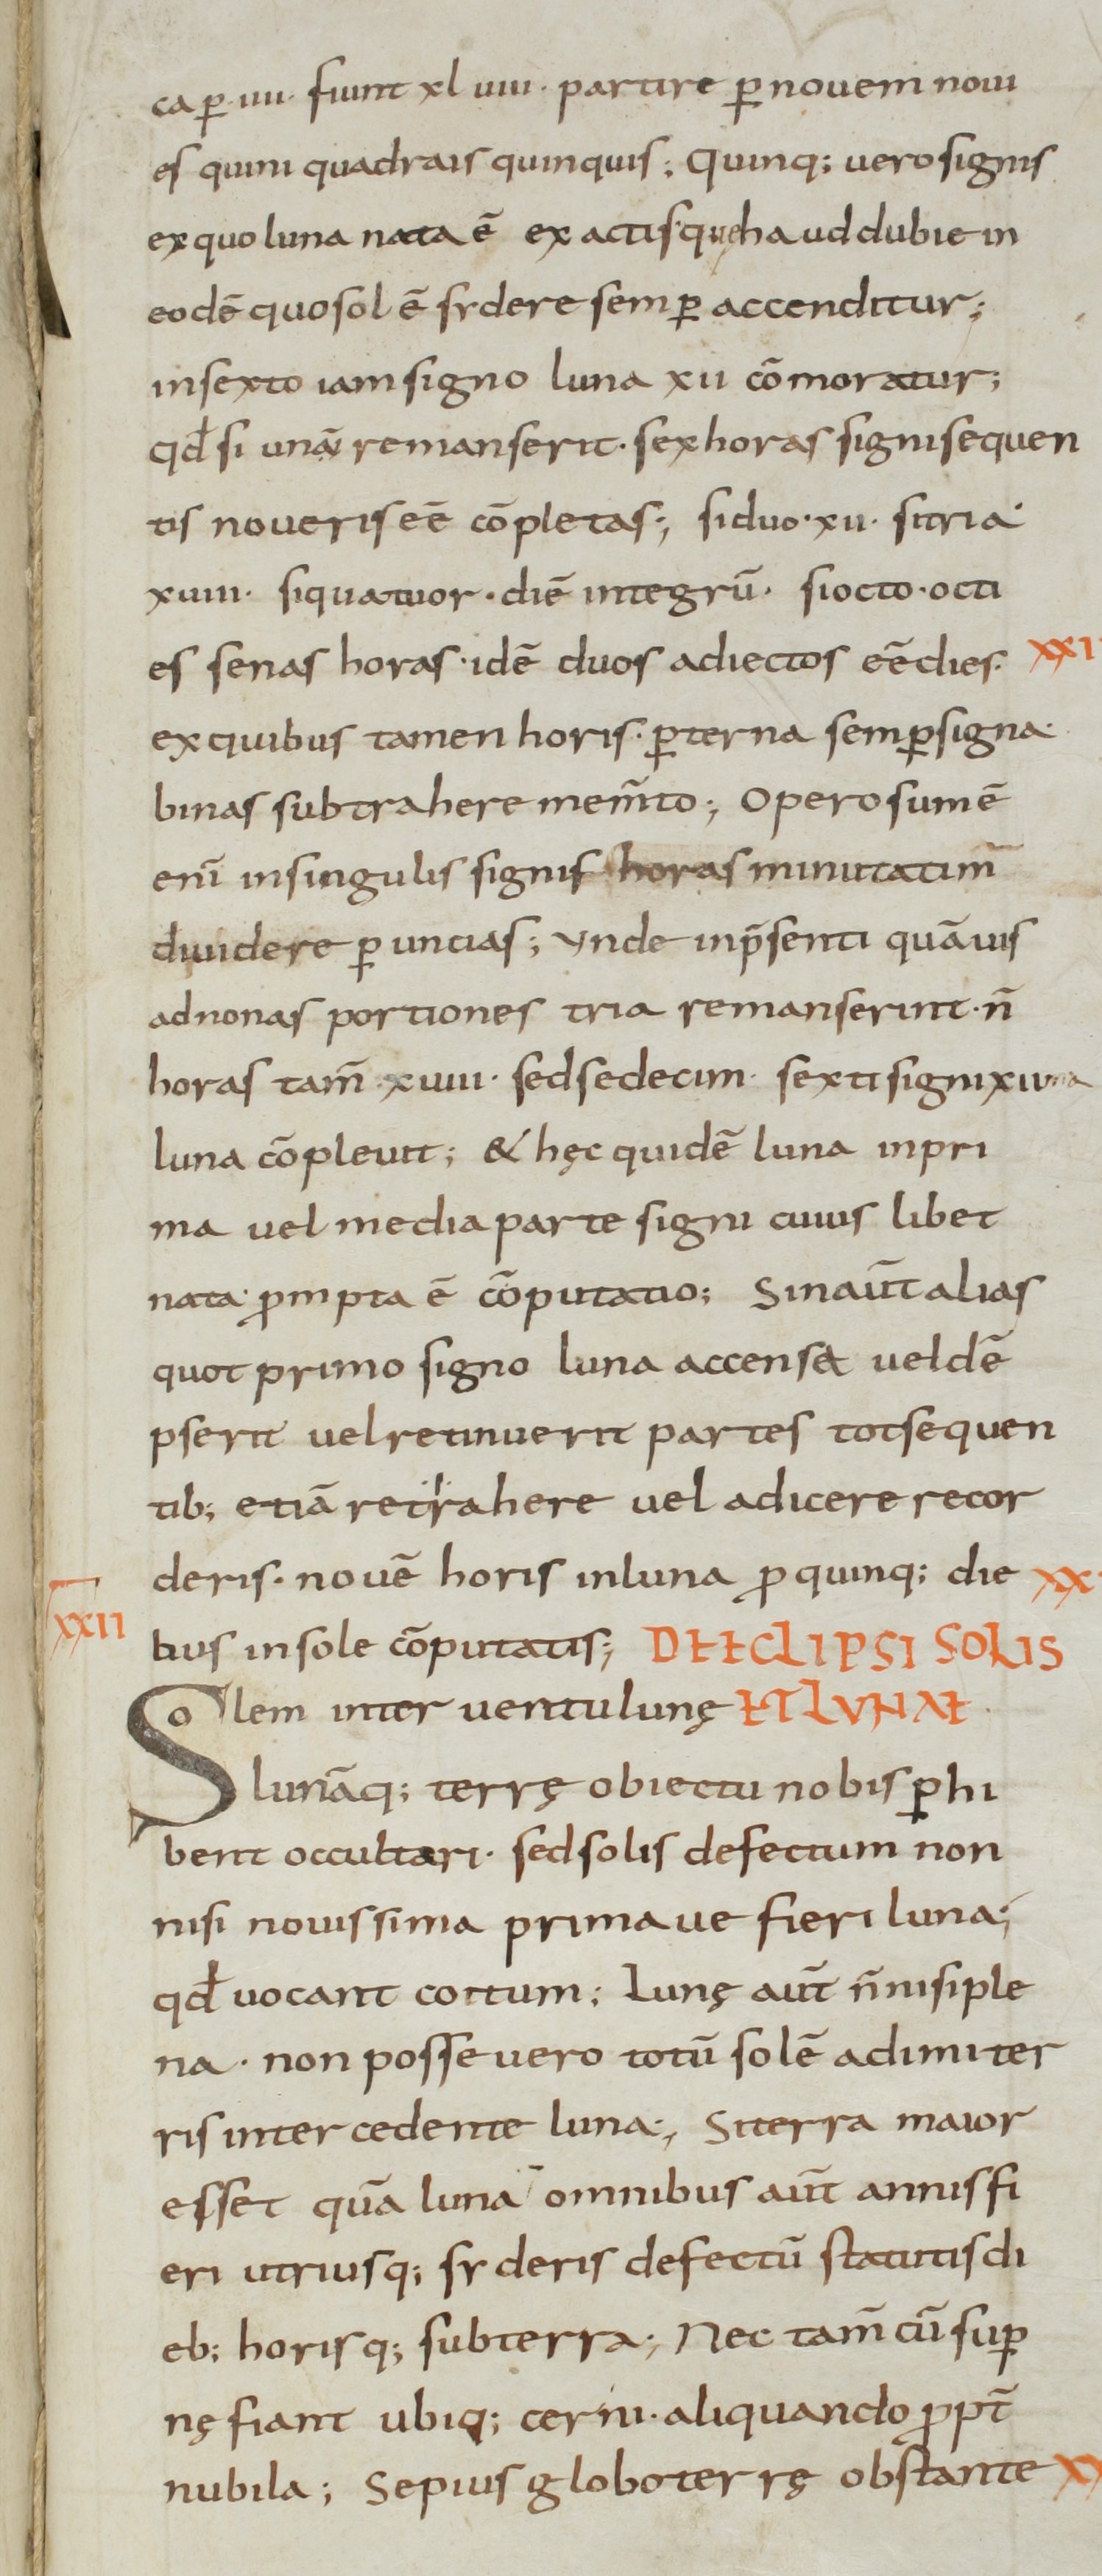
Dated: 800–899